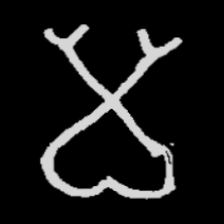
Pyu character \u2014 Myanmar letter: မ (romanized: ma)